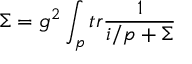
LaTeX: \Sigma = g ^ { 2 } \int _ { p } t r \frac { 1 } { i \slash p + \Sigma }